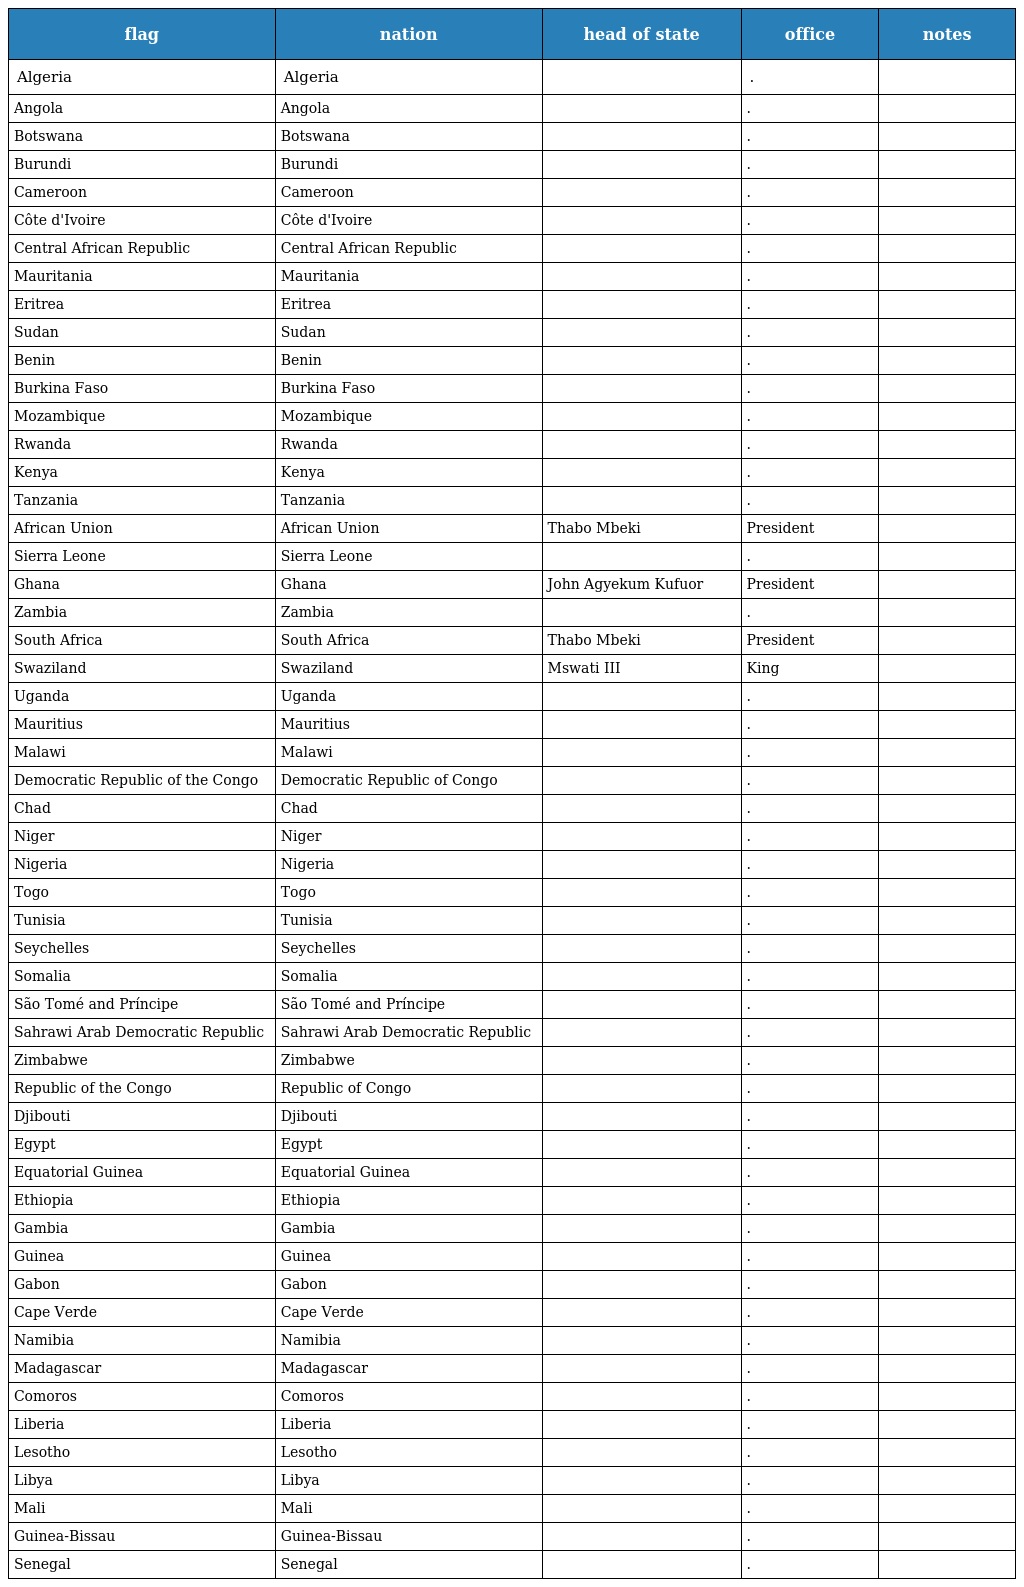
| flag | nation | head of state | office | notes |
 | --- | --- | --- | --- | --- |
 | Algeria | Algeria |  | . |  |
 | Angola | Angola |  | . |  |
 | Botswana | Botswana |  | . |  |
 | Burundi | Burundi |  | . |  |
 | Cameroon | Cameroon |  | . |  |
 | Côte d'Ivoire | Côte d'Ivoire |  | . |  |
 | Central African Republic | Central African Republic |  | . |  |
 | Mauritania | Mauritania |  | . |  |
 | Eritrea | Eritrea |  | . |  |
 | Sudan | Sudan |  | . |  |
 | Benin | Benin |  | . |  |
 | Burkina Faso | Burkina Faso |  | . |  |
 | Mozambique | Mozambique |  | . |  |
 | Rwanda | Rwanda |  | . |  |
 | Kenya | Kenya |  | . |  |
 | Tanzania | Tanzania |  | . |  |
 | African Union | African Union | Thabo Mbeki | President |  |
 | Sierra Leone | Sierra Leone |  | . |  |
 | Ghana | Ghana | John Agyekum Kufuor | President |  |
 | Zambia | Zambia |  | . |  |
 | South Africa | South Africa | Thabo Mbeki | President |  |
 | Swaziland | Swaziland | Mswati III | King |  |
 | Uganda | Uganda |  | . |  |
 | Mauritius | Mauritius |  | . |  |
 | Malawi | Malawi |  | . |  |
 | Democratic Republic of the Congo | Democratic Republic of Congo |  | . |  |
 | Chad | Chad |  | . |  |
 | Niger | Niger |  | . |  |
 | Nigeria | Nigeria |  | . |  |
 | Togo | Togo |  | . |  |
 | Tunisia | Tunisia |  | . |  |
 | Seychelles | Seychelles |  | . |  |
 | Somalia | Somalia |  | . |  |
 | São Tomé and Príncipe | São Tomé and Príncipe |  | . |  |
 | Sahrawi Arab Democratic Republic | Sahrawi Arab Democratic Republic |  | . |  |
 | Zimbabwe | Zimbabwe |  | . |  |
 | Republic of the Congo | Republic of Congo |  | . |  |
 | Djibouti | Djibouti |  | . |  |
 | Egypt | Egypt |  | . |  |
 | Equatorial Guinea | Equatorial Guinea |  | . |  |
 | Ethiopia | Ethiopia |  | . |  |
 | Gambia | Gambia |  | . |  |
 | Guinea | Guinea |  | . |  |
 | Gabon | Gabon |  | . |  |
 | Cape Verde | Cape Verde |  | . |  |
 | Namibia | Namibia |  | . |  |
 | Madagascar | Madagascar |  | . |  |
 | Comoros | Comoros |  | . |  |
 | Liberia | Liberia |  | . |  |
 | Lesotho | Lesotho |  | . |  |
 | Libya | Libya |  | . |  |
 | Mali | Mali |  | . |  |
 | Guinea-Bissau | Guinea-Bissau |  | . |  |
 | Senegal | Senegal |  | . |  |